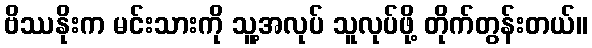
ဗိဿနိုးက မင်းသားကို သူ့အလုပ် သူလုပ်ဖို့ တိုက်တွန်းတယ်။